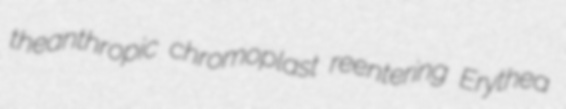
theanthropic chromoplast reentering Erythea